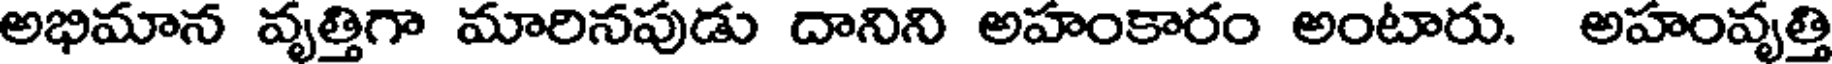
అభిమాన వృత్తిగా మారినపుడు దానిని అహంకారం అంటారు. అహంవృత్తి